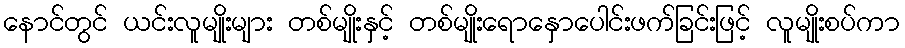
နောင်တွင် ယင်းလူမျိုးများ တစ်မျိုးနှင့် တစ်မျိုးရောနှောပေါင်းဖက်ခြင်းဖြင့် လူမျိုးစပ်ကာ